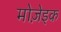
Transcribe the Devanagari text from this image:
मोजे़इक